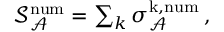
\begin{array} { r } { \mathcal { S } _ { \mathcal { A } } ^ { \mathrm { n u m } } = \sum _ { k } \sigma _ { \mathcal { A } } ^ { \mathrm { k , n u m } } \, , } \end{array}